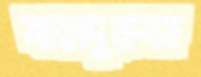
বাহাদুরুজ